Calcutta medical institutions reports 1871-78
Year: 1871
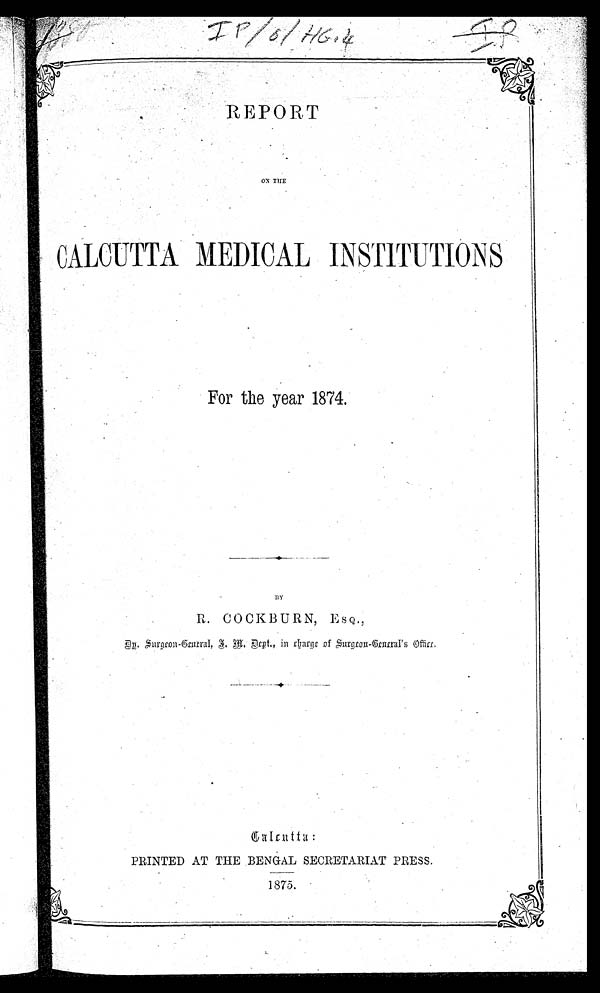
REPORT
ON TILE
CALCUTTA MEDICAL INSTITUTIONS
For the year 1874.
By
R. COCKBURN, E S Q.,
Dr. Surgeon-Genral,
I. M. Dept., in Charge of Surgeon-Genral's office.
PRINTED AT THE BENGAL SECRETARIAT PRESS.
1875.